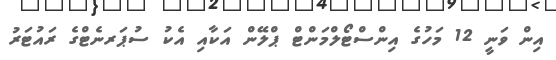
އިން ވަނީ 12 މަހުގެ އިންސްޓޯލްމަންޓް ޕްލޭން އަކާއި އެކު ސުޕަރނެޓްގެ ރައުޓަރު